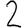
Digit: 2